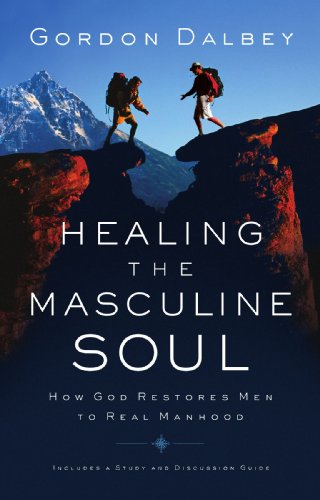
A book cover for Healing the Masculine Soul: God's Restoration of Men to Real Manhood; Gordon Dalbey; Christian Books & Bibles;